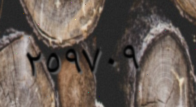
٢٥٩٧٠٩